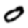
Digit: 0